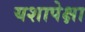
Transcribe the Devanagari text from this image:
यशापेक्षा